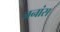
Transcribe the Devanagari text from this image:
जनांस